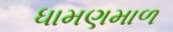
ધામણમાળ